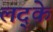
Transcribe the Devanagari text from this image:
लद्के